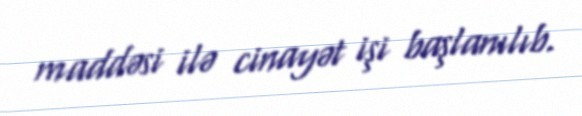
maddəsi ilə cinayət işi başlanılıb.